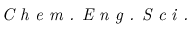
\textit { C h e m . E n g . S c i . }